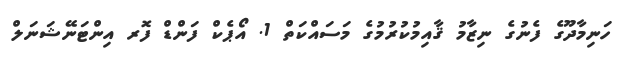
ހަނިމާދޫގެ ފެނުގެ ނިޒާމު ޤާއިމުކުރުމުގެ މަސައްކަތް 1. އޯޕެކް ފަންޑް ފޮރ އިންޓަނޭޝަނަލް